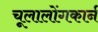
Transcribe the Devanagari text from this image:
चूलालोंगकार्न